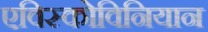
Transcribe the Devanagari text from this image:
एविस्कोविनियान